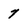
Character: 7